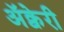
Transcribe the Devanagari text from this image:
अॅक्वेरी